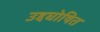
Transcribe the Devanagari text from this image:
उद्दघोषित